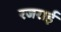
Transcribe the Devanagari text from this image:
रजराई